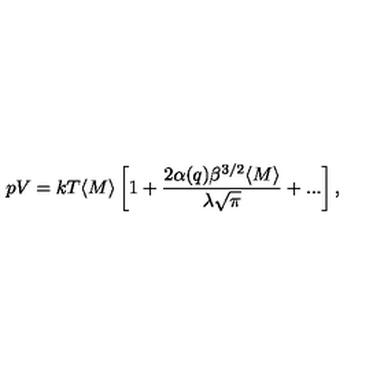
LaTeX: p V = k T \langle M \rangle \left[ 1 + \frac { 2 \alpha ( q ) \beta ^ { 3 / 2 } \langle M \rangle } { \lambda \sqrt { \pi } } + . . . \right] ,